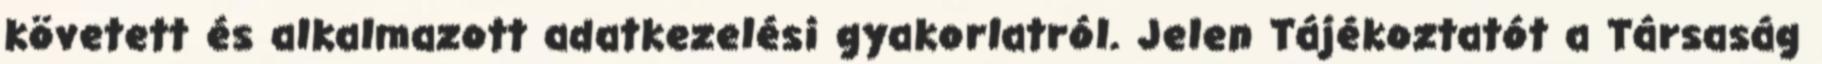
követett és alkalmazott adatkezelési gyakorlatról. Jelen Tájékoztatót a Társaság